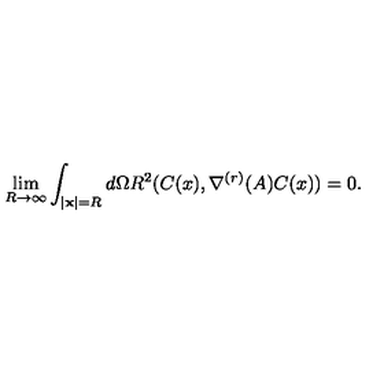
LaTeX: \lim _ { R \rightarrow \infty } \int _ { \mid { \bf x } \mid = R } d \Omega R ^ { 2 } ( C ( x ) , \nabla ^ { ( r ) } ( A ) C ( x ) ) = 0 .